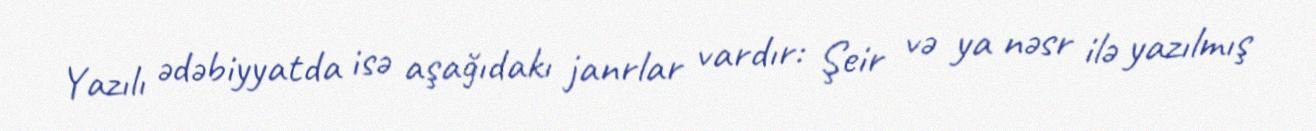
Yazılı ədəbiyyatda isə aşağıdakı janrlar vardır: Şeir və ya nəsr ilə yazılmış